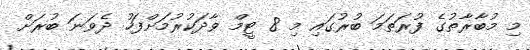
މި މުބާރާތުގެ ފުރަތަމަ ބުރުގައި މި 8 ޓީމް ވާދަކުރުމަށްފަހު ދެވަނަ ބުރަށް